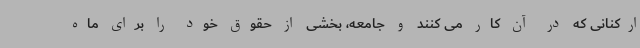
ارکنانی که در آن کار می کنند و جامعه، بخشی از حقوق خود را برای ماه